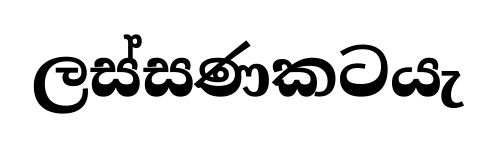
ලස්සණකටයැ